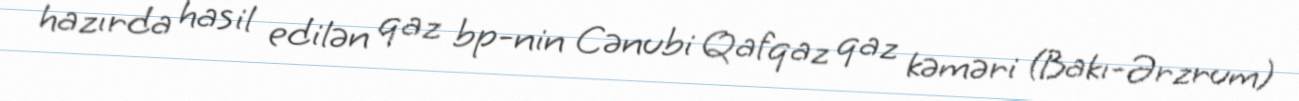
hazırda hasil edilən qaz bp-nin Cənubi Qafqaz qaz kəməri (Bakı-Ərzrum)